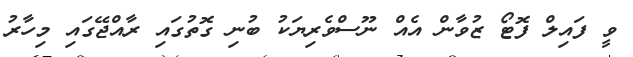
ވީ ފައިލް ފޮޓޯ ޒުވާން އެއް ނޫސްވެރިޔަކު ބުނި ގޮތުގައި ރާއްޖޭގައި މިހާރު